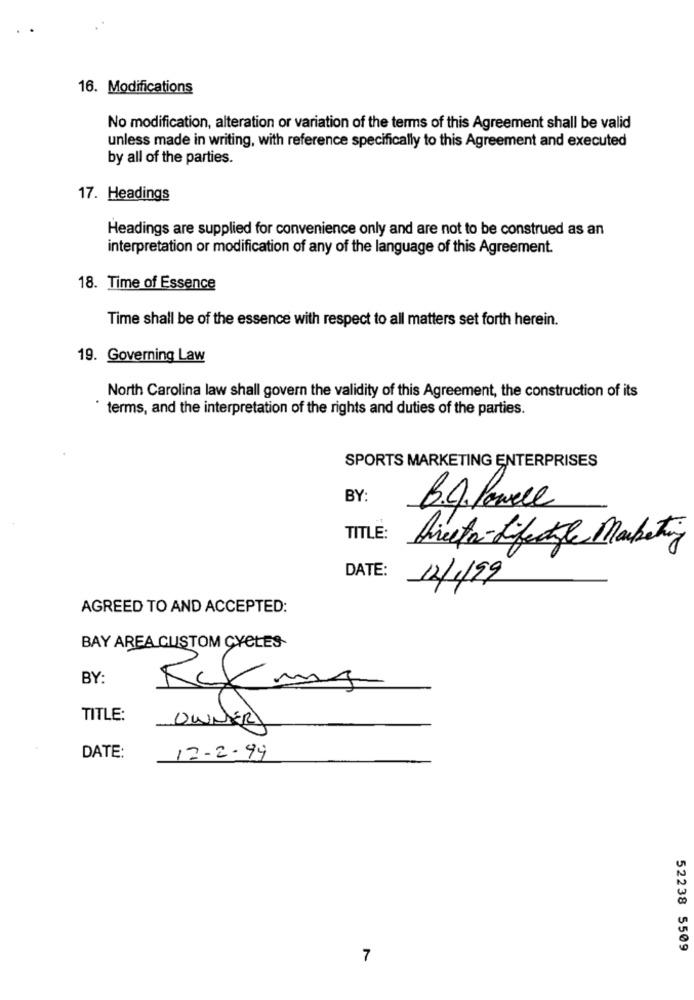
16. Modifications
No modification, alteration or variation of the terms of this Agreement shall be valid
unless made in writing, with reference specifically to this Agreement and executed
by all of the parties.
17. Headings
Headings are supplied for convenience only and are not to be construed as an
interpretation or modification of any of the language of this Agreement.
18. Time of Essence
Time shall be of the essence with respect to all matters set forth herein.
19. Governing Law
North Carolina law shall govern the validity of this Agreement, the construction of its
terms, and the interpretation of the rights and duties of the parties.
SPORTS MARKETING ENTERPRISES
BY:
B.g. Powell
TITLE:
Director-difectale Marketing
DATE:
12/1/99
AGREED TO AND ACCEPTED:
BAY AREA CUSTOM CYCLES
BY:
Rams
TITLE:
OWNER
DATE:
17-2-99
52238 5509
7